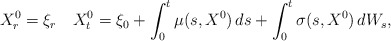
\begin{align*}X_{r}^0=\xi_r\quad{X}_t^0= \xi_0+ \int_{0}^{t}\mu(s,X^0)\,ds+ \int_{0}^{t}\sigma(s,X^0)\,dW_s,\end{align*}